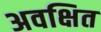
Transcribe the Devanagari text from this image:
अवक्षित